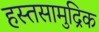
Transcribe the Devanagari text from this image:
हस्तसामुद्रिक